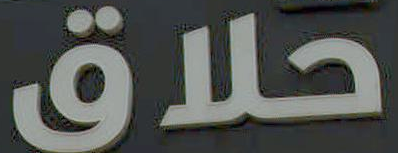
حلاق